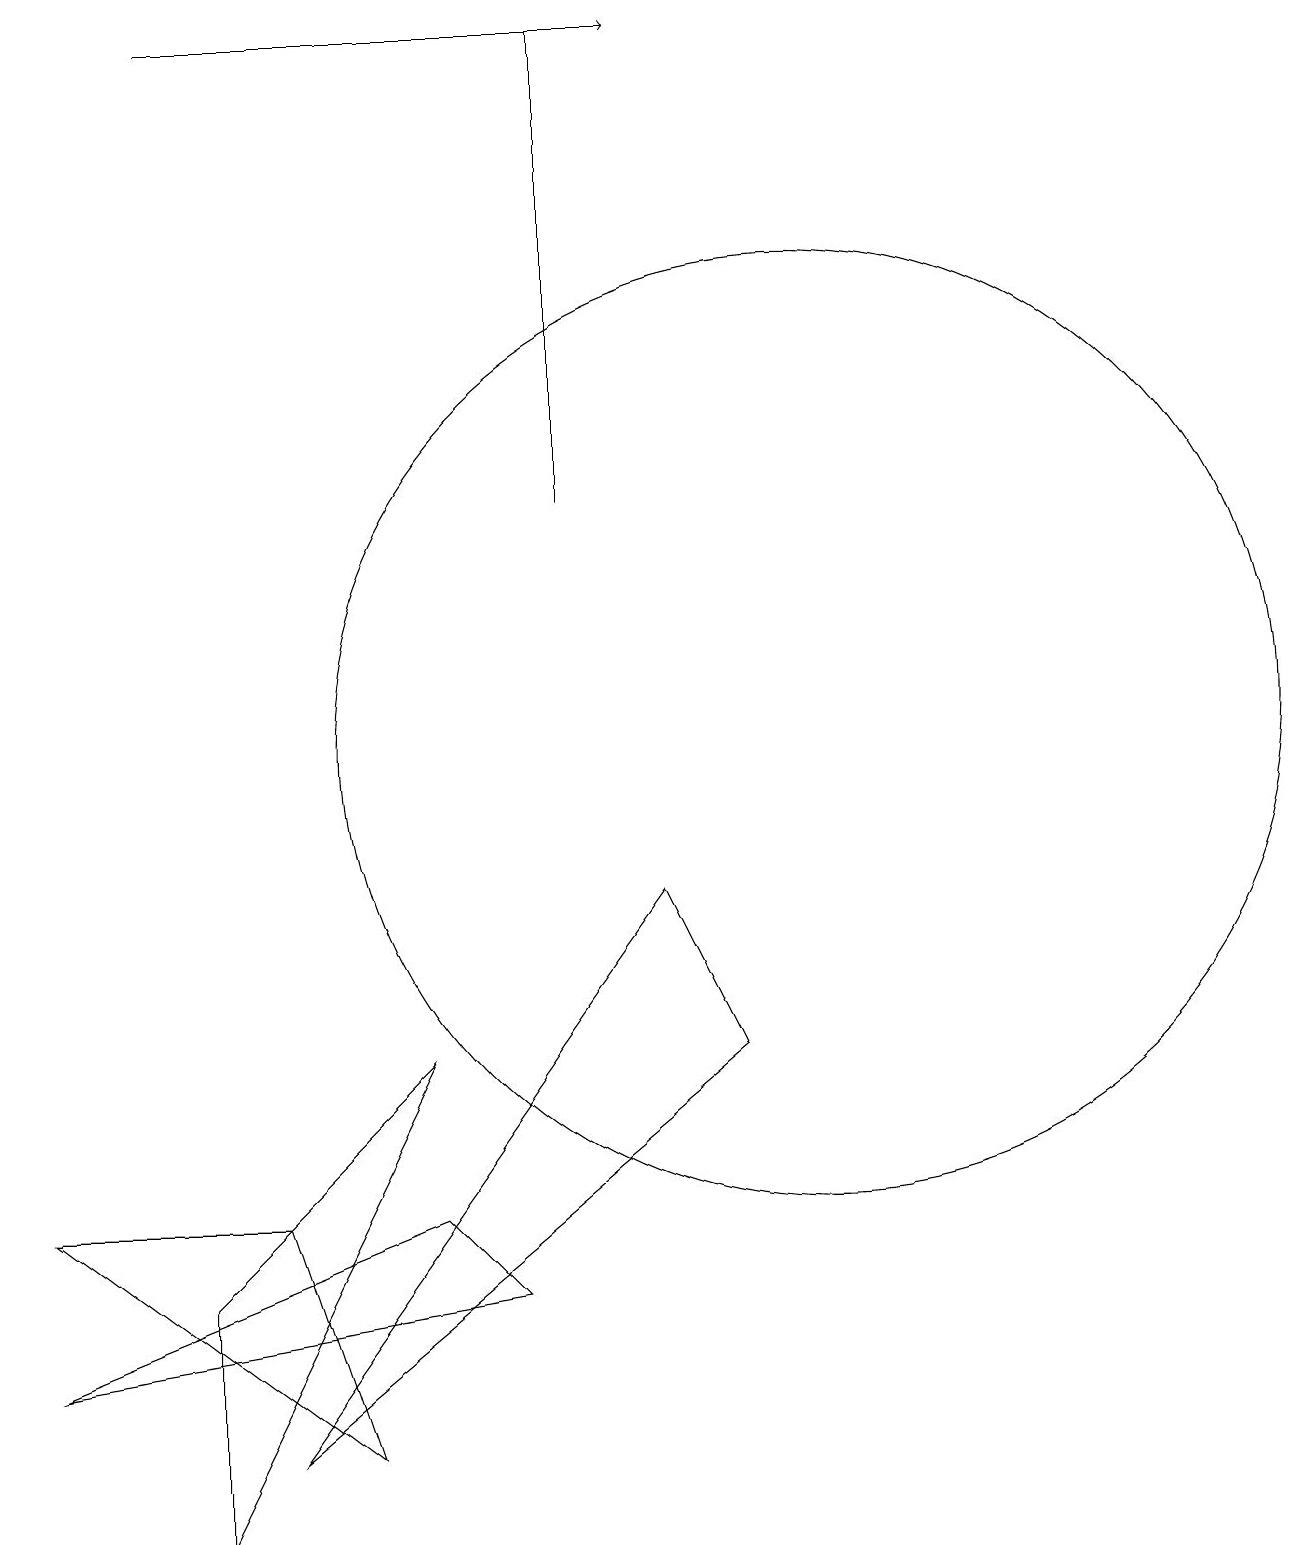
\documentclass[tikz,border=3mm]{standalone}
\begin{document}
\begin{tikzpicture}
\draw[->] (2,19) -- (8,19);
\draw (10,10) circle (6);
\draw (7,13) rectangle (7,19);
\draw (2,3) -- (2,0) -- (5,6) -- cycle;
\draw (3,4) -- (4,1) -- (0,4) -- cycle;
\draw (6,3) -- (0,2) -- (5,4) -- cycle;
\draw (9,6) -- (8,8) -- (3,1) -- cycle;
\draw (10,12) circle (0);
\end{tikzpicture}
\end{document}